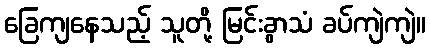
ခြေကျနေသည့် သူတို့ မြင်းခွာသံ ခပ်ကျဲကျဲ။